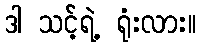
ဒါ သင့်ရဲ့ ရုံးလား။